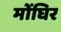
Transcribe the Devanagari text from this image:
मोंघिर